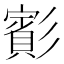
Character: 𫴑